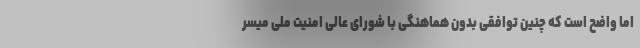
اما واضح است که چنین توافقی بدون هماهنگی با شورای عالی امنیت ملی میسر